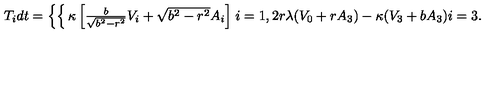
T _ { i } d t = \left\{ \begin{cases} { \kappa \left[ { \frac { b } { \sqrt { b ^ { 2 } - r ^ { 2 } } } } V _ { i } + \sqrt { b ^ { 2 } - r ^ { 2 } } A _ { i } \right] } & { i = 1 , 2 } \\ { r \lambda ( V _ { 0 } + r A _ { 3 } ) - \kappa ( V _ { 3 } + b A _ { 3 } ) } & { i = 3 . } \\ \end{cases} \right.